Indian journal of veterinary science and animal husbandry - Volumes 15-17, 1948-1951
Year: 1948
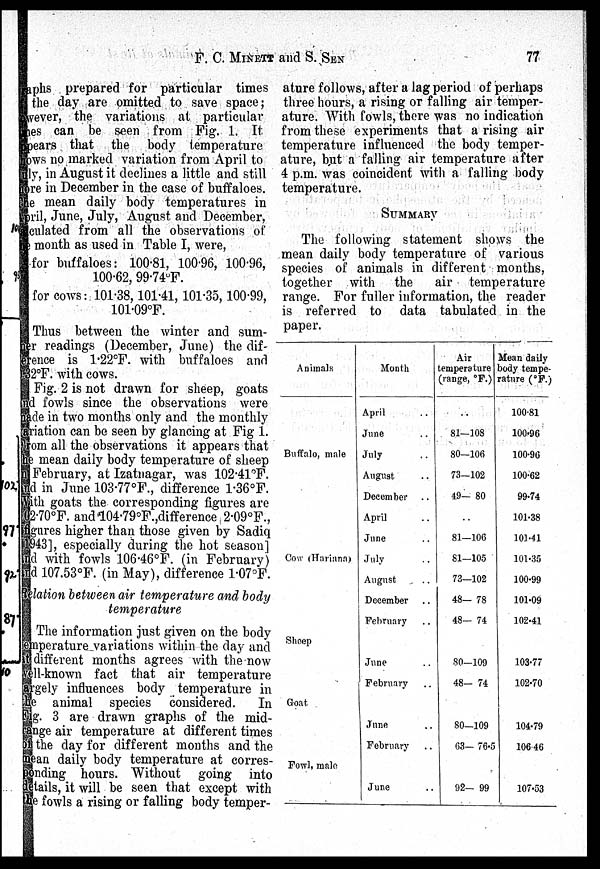
F. C. MINETT and S.
SEN
77
graphs prepared for particular times
the day are omitted to save space;
however, the variations at particular
lines can be seen from Fig. 1. It
appears that the body temperature
shows no marked variation from April to
July, in August it declines a little and still
more in December in the case of buffaloes.
The mean daily body temperatures in
April, June, July, August and December,
calculated from all the observations of
the month as used in Table I, were,
for buffaloes: 100.81, 100.96, 100.96,
100.62, 99.74°F.
for cows: 101.38, 101.41, 101.35, 100.99,
101.09°F.
Thus between the winter and sum-
mer readings (December, June) the dif-
ference is 1.22°F. with buffaloes and
0.32°F. with cows.
Fig. 2 is not drawn for sheep, goats
and fowls since the observations were
made in two months only and the monthly
variation can be seen by glancing at Fig 1.
From all the observations it appears that
the mean daily body temperature of sheep
in February, at Izatnagar, was 102.41°F.
and in June 103.77°F., difference 1.36°F.
With goats the corresponding figures are
102.70°F. and 104.79°F.,difference 2.09°F.,
figures higher than those given by Sadiq
1943], especially during the hot season]
and with fowls 106.46°F. (in February)
and 107.53°F. (in May), difference 1.07°F.
Relation between air temperature and body
temperature
The information just given on the body
temperature variations within the day and
at different months agrees with the now
well-known fact that air temperature
largely influences body temperature in
the animal species considered.
In
Fig. 3 are drawn graphs of the mid-
range air temperature at different times
of the day for different months and the
mean daily body temperature at corres-
ponding hours. Without going into
details, it will be seen that except with
the fowls a rising or falling body temper-
ature follows, after a lag period of perhaps
three hours, a rising or falling air temper-
ature. With fowls, there was no indication
from these experiments that a rising air
temperature influenced the body temper-
ature, but a falling air temperature after
4 p.m. was coincident with a falling body
temperature.
SUMMARY
The following statement shows the
mean daily body temperature of various
species of animals in different months,
together with the air temperature
range. For fuller information, the reader
is referred to data tabulated in the
paper.
Animals
Buffalo, male
Cow (Hariana)
Sheep
Goat
Fowl, male
Month
April ..
June..
July..
August..
December..
April..
June..
July..
August..
December..
February..
June..
February..
June..
February..
June..
Air
temperature
(range, °F.)
. .
81—108
80—106
73—102
49— 80
..
81—106
81—105
73—102
48— 78
48— 74
80—109
48—74
80—109
63— 76.5
92— 99
Mean daily
body tempe-
rature (°F.)
100.81
100.96
100.96
100.62
99.74
101.38
101.41
101.35
100.99
101.09
102.41
103.77
102.70
104.79
106.46
107.53